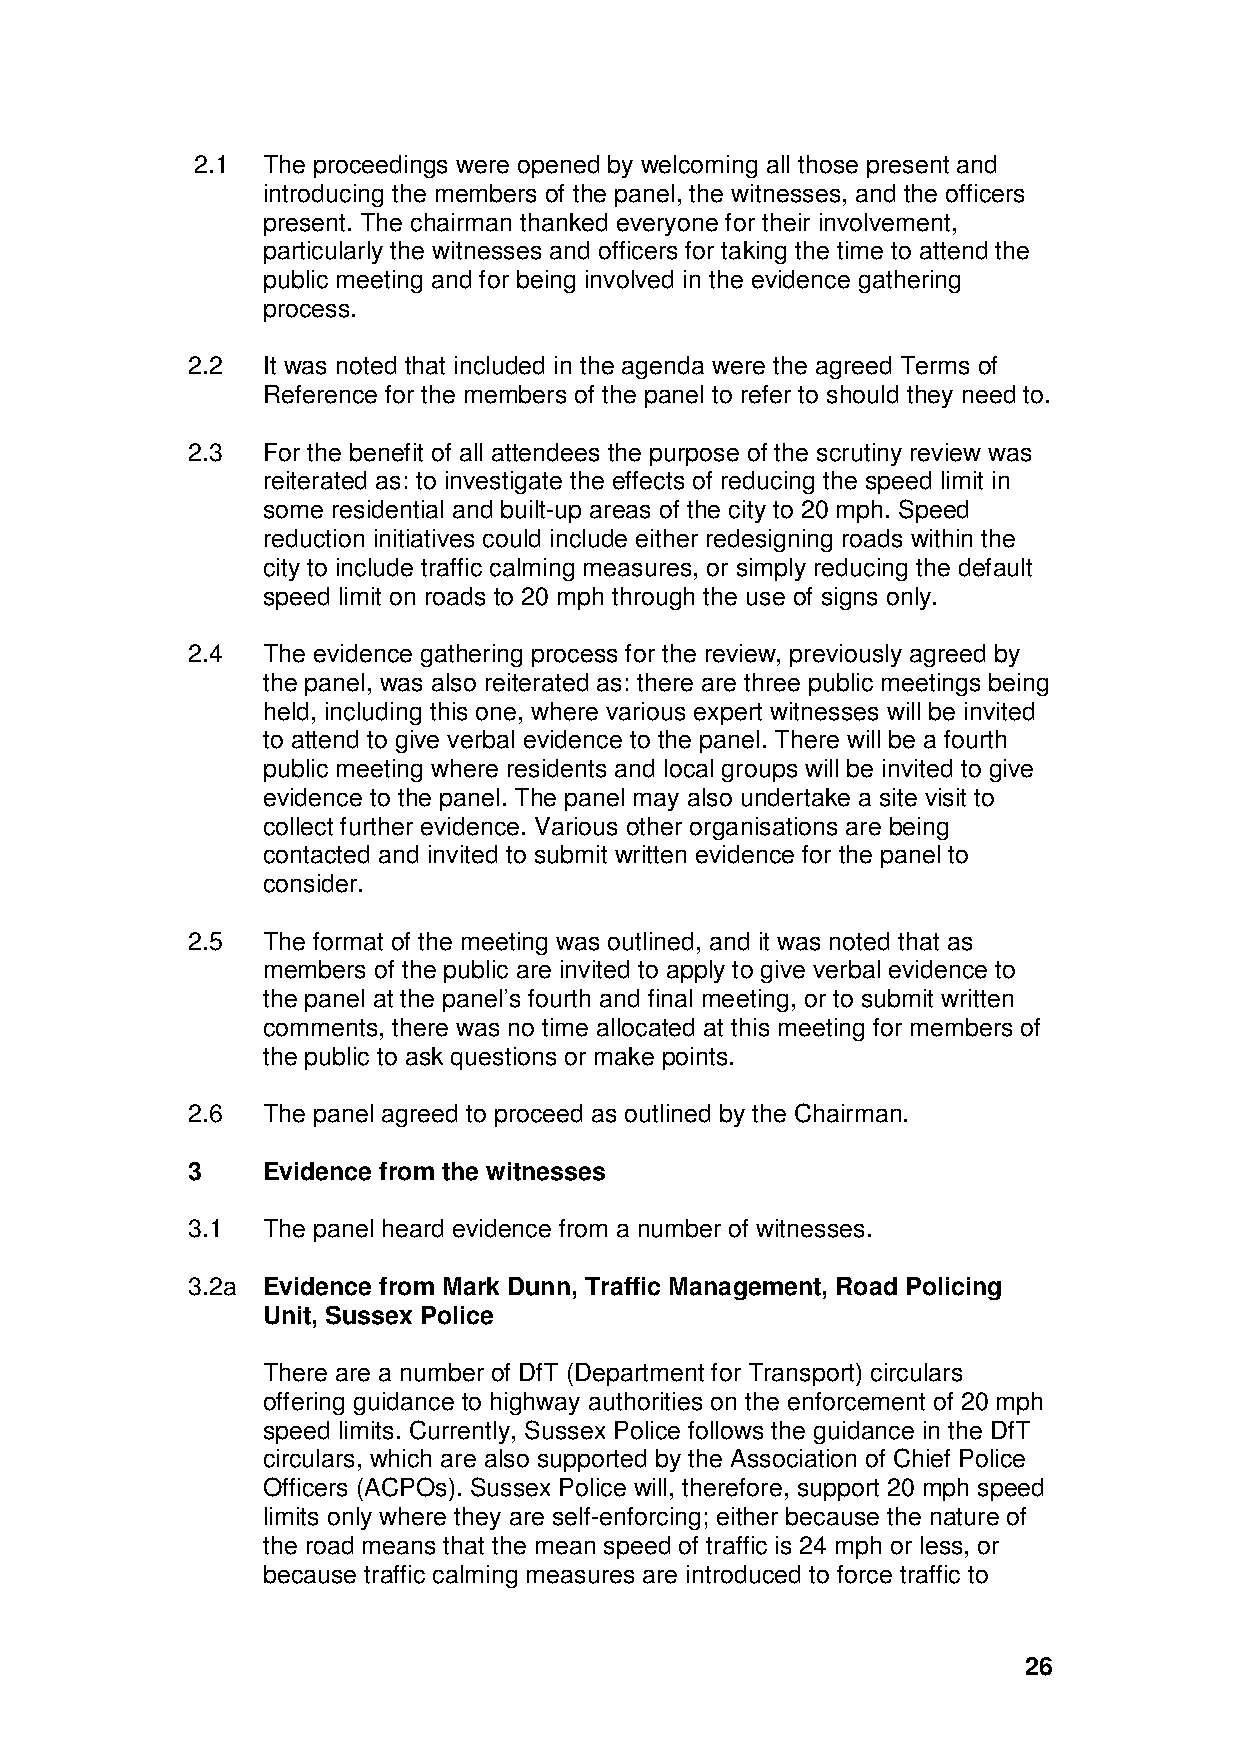
2.1 The proceedings were opened by welcoming all those present and
 introducing the members of the panel, the witnesses, and the officers
 present. The chairman thanked everyone for their involvement,
 particularly the witnesses and officers for taking the time to attend the
 public meeting and for being involved in the evidence gathering
 process.
 2.2  It was noted that included in the agenda were the agreed Terms of
 Reference for the members of the panel to refer to should they need to.
 2.3  For the benefit of all attendees the purpose of the scrutiny review was
 reiterated as: to investigate the effects of reducing the speed limit in
 some residential and built-up areas of the city to 20 mph. Speed
 reduction initiatives could include either redesigning roads within the
 city to include traffic calming measures, or simply reducing the default
 speed limit on roads to 20 mph through the use of signs only.
 2.4  The evidence gathering process for the review, previously agreed by
 the panel, was also reiterated as: there are three public meetings being
 held, including this one, where various expert witnesses will be invited
 to attend to give verbal evidence to the panel. There will be a fourth
 public meeting where residents and local groups will be invited to give
 evidence to the panel. The panel may also undertake a site visit to
 collect further evidence. Various other organisations are being
 contacted and invited to submit written evidence for the panel to
 consider.
 2.5  The format of the meeting was outlined, and it was noted that as
 members of the public are invited to apply to give verbal evidence to
 the panel at the panel’s fourth and final meeting, or to submit written
 comments, there was no time allocated at this meeting for members of
 the public to ask questions or make points.
 2.6  The panel agreed to proceed as outlined by the Chairman.
 3    Evidence from the witnesses
 3.1  The panel heard evidence from a number of witnesses.
 3.2a Evidence from Mark Dunn, Traffic Management, Road Policing
 Unit, Sussex Police
 There are a number of DfT (Department for Transport) circulars
 offering guidance to highway authorities on the enforcement of 20 mph
 speed limits. Currently, Sussex Police follows the guidance in the DfT
 circulars, which are also supported by the Association of Chief Police
 Officers (ACPOs). Sussex Police will, therefore, support 20 mph speed
 limits only where they are self-enforcing; either because the nature of
 the road means that the mean speed of traffic is 24 mph or less, or
 because traffic calming measures are introduced to force traffic to
 26